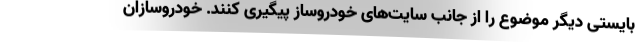
بایستی دیگر موضوع را از جانب سایت‌های خودروساز پیگیری کنند. خودروسازان